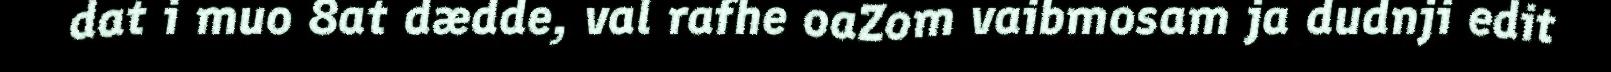
dat i muo 8at dædde, val rafhe oaZom vaibmosam ja dudnji edit